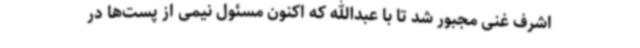
اشرف غنی مجبور شد تا با عبدالله که اکنون مسئول نیمی از پست‌ها در